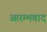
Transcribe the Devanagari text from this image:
आरम्भवाद